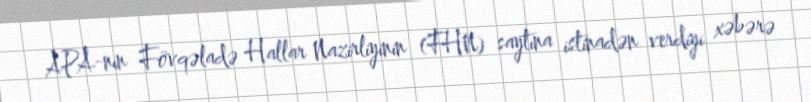
APA-nın Fövqəladə Hallar Nazirliyinin (FHN) saytına istinadən verdiyi xəbərə